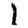
Digit: 1